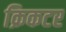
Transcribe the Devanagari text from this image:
क्रिकटर